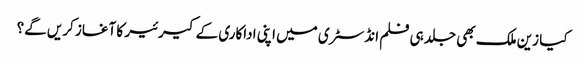
کیا زین ملک بھی جلد ہی فلم انڈسٹری میں اپنی اداکاری کے کیرئیر کا آغاز کریں گے؟